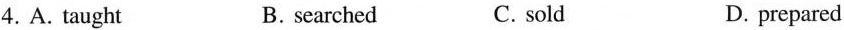
4.A.Taught B.searched C.sold D.prepared